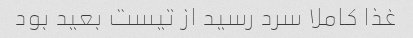
غذا کاملا سرد رسید از تیست بعید بود